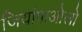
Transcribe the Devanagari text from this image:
जियांपाओलो